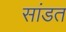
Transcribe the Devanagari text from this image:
सांडत